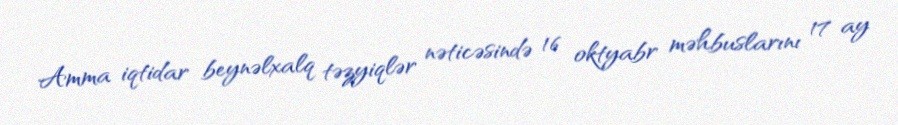
Amma iqtidar beynəlxalq təzyiqlər nəticəsində 16 oktyabr məhbuslarını 17 ay